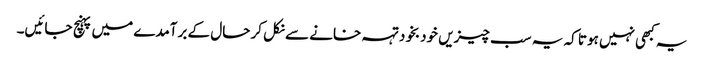
یہ کبھی نہیں ہوتا کہ یہ سب چیزیں خودبخود تہہ خانے سے نکل کر حال کے برآمدے میں پہنچ جائیں۔